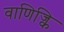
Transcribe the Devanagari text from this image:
वाणिज्कि